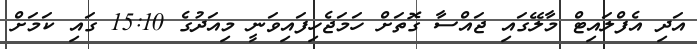
އަދި އެފްލައިޓް މާލޭގައި ޖައްސާ ގޮތަށް ހަމަޖެހިފައިވަނީ މިއަދުގެ 15:10 ގައި ކަމަށް